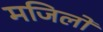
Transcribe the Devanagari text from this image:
मजिलों